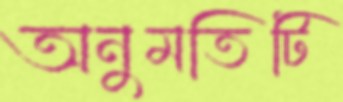
অনুমতিটি